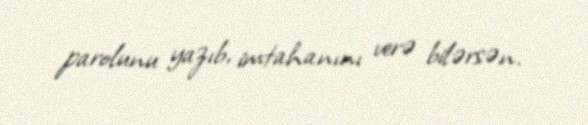
parolunu yazıb, imtahanını verə bilərsən.